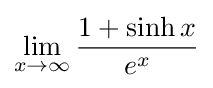
\lim _{x\to \infty }{\frac {1+\sinh {x}}{e^{x}}}